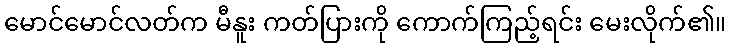
မောင်မောင်လတ်က မီနူး ကတ်ပြားကို ကောက်ကြည့်ရင်း မေးလိုက်၏။